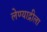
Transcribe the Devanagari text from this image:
लेण्याद्रीला